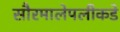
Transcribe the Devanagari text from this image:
सौरमालेपलीकडे